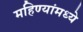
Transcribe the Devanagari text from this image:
महिण्यांमध्ये